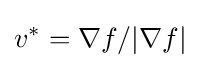
v^{*}=\nabla f/|\nabla f|